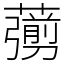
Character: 𦿶